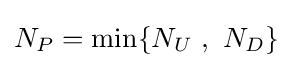
N_{P}=\min\{N_{U}\ ,\ N_{D}\}